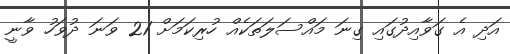
އަދި އެ ގަވާއިދުގައި ގިނަ މައްސަލަތަކެއް ހުރިކަމަށް 21 ވަނަ ދުވަހު ވާނީ